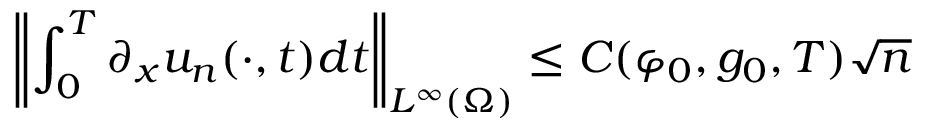
\left\Vert \int _ { 0 } ^ { T } \partial _ { x } u _ { n } ( \cdot , t ) d t \right\Vert _ { L ^ { \infty } ( \Omega ) } \leq C ( \varphi _ { 0 } , g _ { 0 } , T ) \sqrt { n }